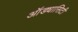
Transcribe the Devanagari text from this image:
ऑड्यासिटी